Vaccination in the Punjab 1883-1896 - 1883-1896
Year: 1883
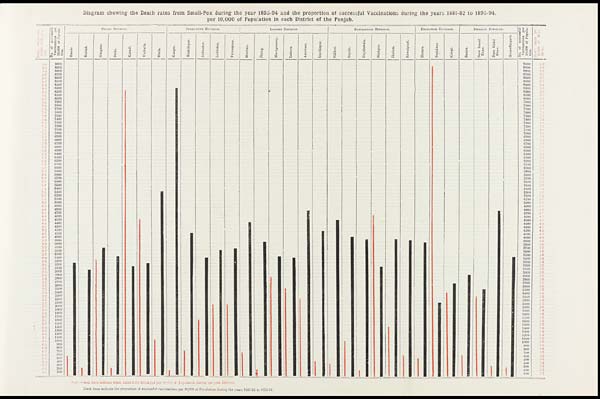
Diagram showing the Death rates from Small-Pox during the year 1893-94 and the proportion of successful Vaccinations during the years 1881-82 to 1893-94,
per 10,000 of Population in each District of the Punjab.